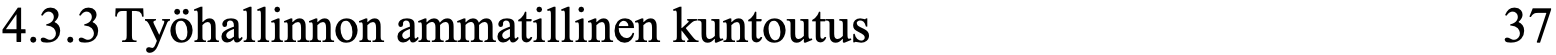
4.3.3 Työhallinnon ammatillinen kuntoutus         37